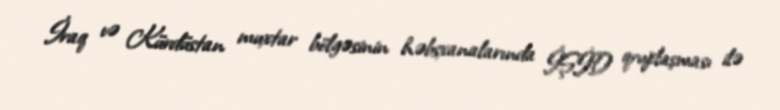
İraq və Kürdüstan muxtar bölgəsinin həbsxanalarında İŞİD qruplaşması ilə